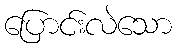
ပြောင်းလဲသော